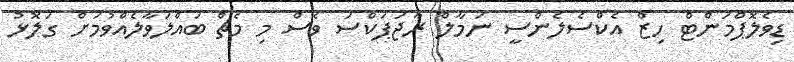
ޑިވެލޮޕްމަންޓް ހިޒް އެކްސެލެންސީ ނަމާލް ރާޖަޕަކްސަ ވެސް މި މެޗް ބައްލަވާލެއްވުމަށް ގަލޮޅު